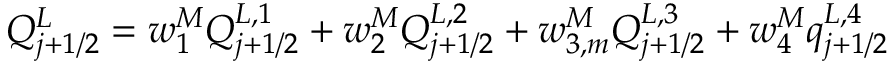
Q _ { j + 1 / 2 } ^ { L } = w _ { 1 } ^ { M } Q _ { j + 1 / 2 } ^ { L , 1 } + w _ { 2 } ^ { M } Q _ { j + 1 / 2 } ^ { L , 2 } + w _ { 3 , m } ^ { M } Q _ { j + 1 / 2 } ^ { L , 3 } + w _ { 4 } ^ { M } q _ { j + 1 / 2 } ^ { L , 4 }